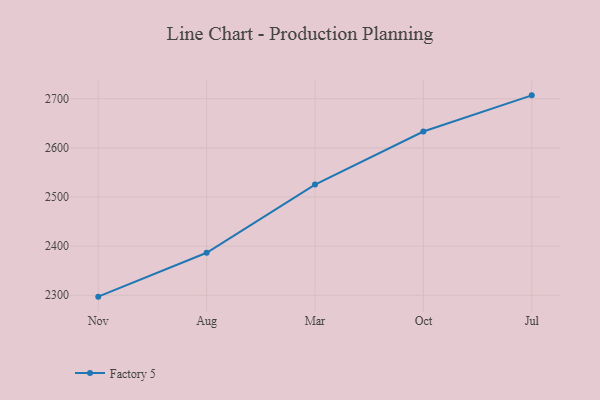
{"axis": {"x": "Month", "y": "Satisfaction Score"}, "legend": ["Factory 5"], "data": [{"x": "Nov", "y": 2297.2, "type": "Factory 5"}, {"x": "Aug", "y": 2386.5, "type": "Factory 5"}, {"x": "Mar", "y": 2525.4, "type": "Factory 5"}, {"x": "Oct", "y": 2633.3, "type": "Factory 5"}, {"x": "Jul", "y": 2707.0, "type": "Factory 5"}]}